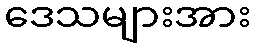
ဒေသများအား